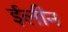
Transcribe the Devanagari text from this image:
ईलीन